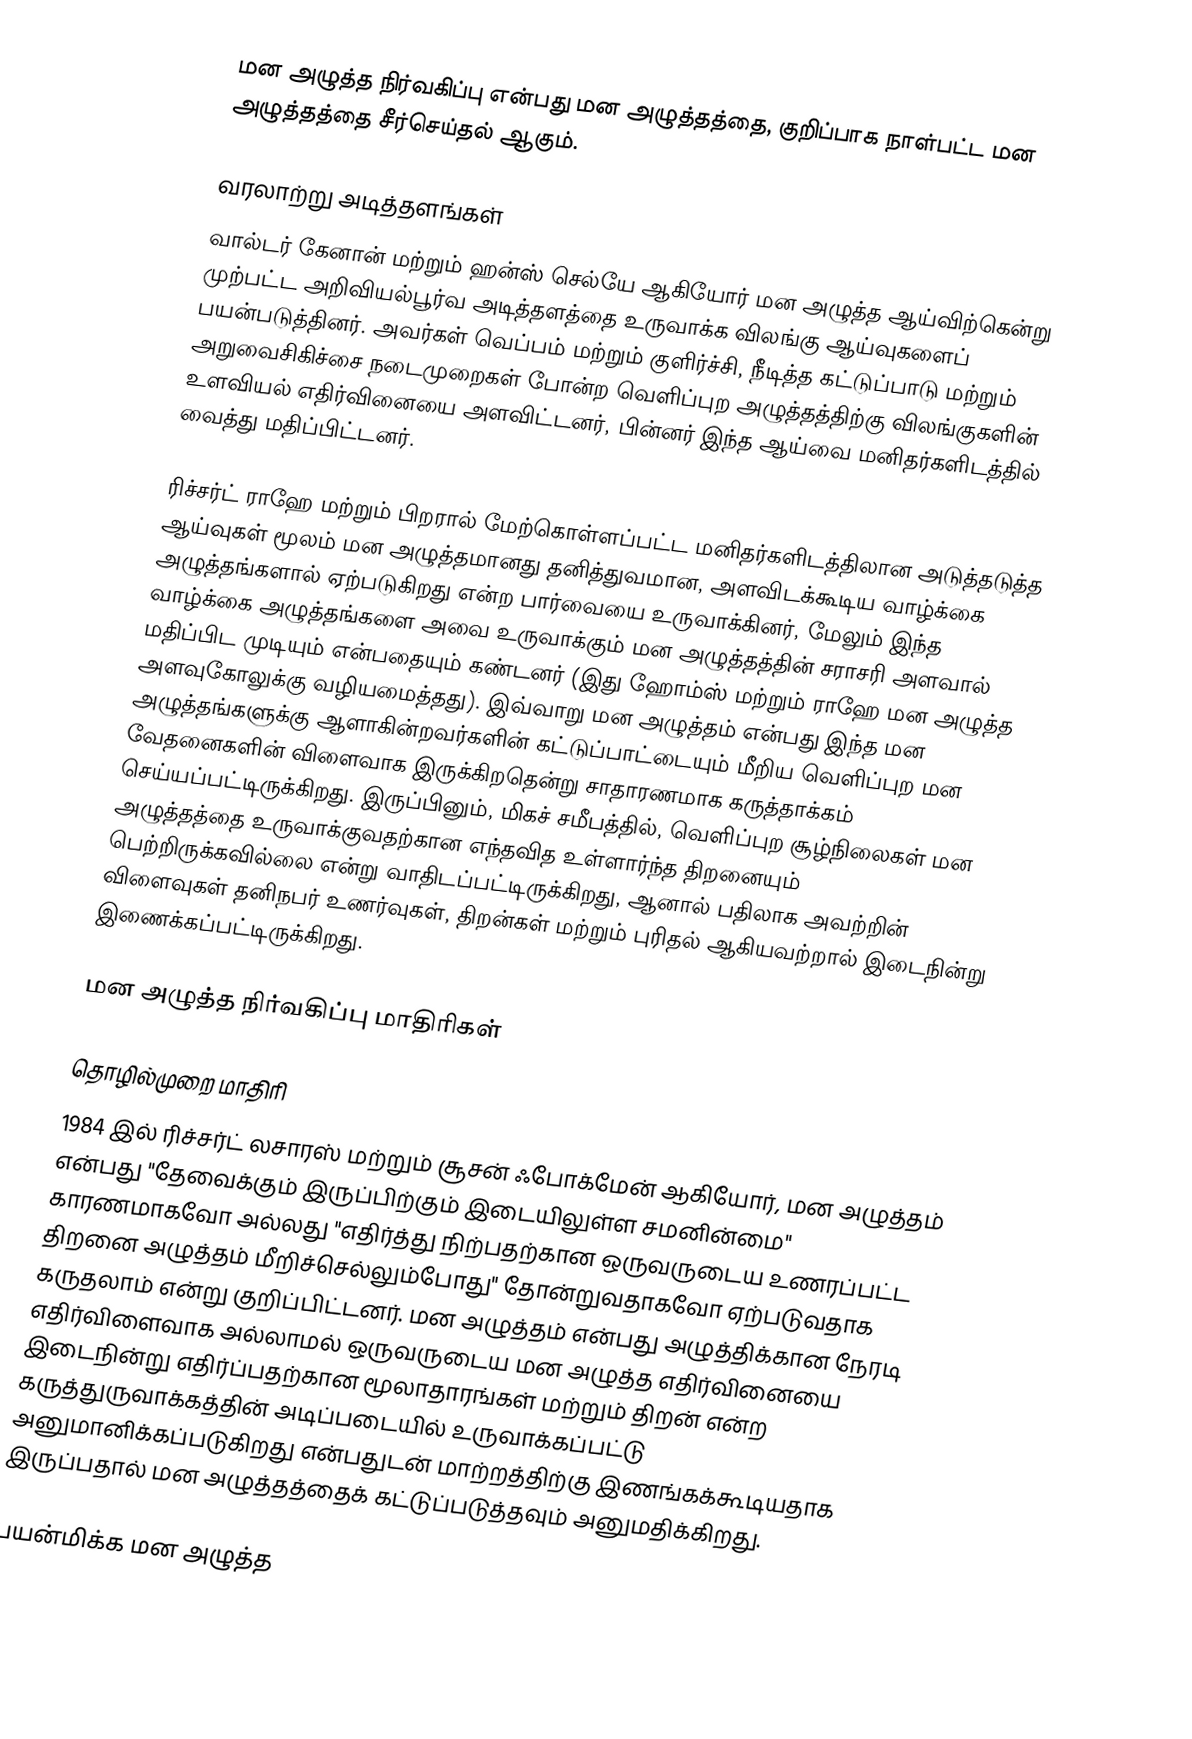
மன அழுத்த நிர்வகிப்பு என்பது மன அழுத்தத்தை, குறிப்பாக நாள்பட்ட மன அழுத்தத்தை சீர்செய்தல் ஆகும்.

வரலாற்று அடித்தளங்கள்
வால்டர் கேனான் மற்றும் ஹன்ஸ் செல்யே ஆகியோர் மன அழுத்த ஆய்விற்கென்று முற்பட்ட அறிவியல்பூர்வ அடித்தளத்தை உருவாக்க விலங்கு ஆய்வுகளைப் பயன்படுத்தினர். அவர்கள் வெப்பம் மற்றும் குளிர்ச்சி, நீடித்த கட்டுப்பாடு மற்றும் அறுவைசிகிச்சை நடைமுறைகள் போன்ற வெளிப்புற அழுத்தத்திற்கு விலங்குகளின் உளவியல் எதிர்வினையை அளவிட்டனர், பின்னர் இந்த ஆய்வை மனிதர்களிடத்தில் வைத்து மதிப்பிட்டனர்.

ரிச்சர்ட் ராஹே மற்றும் பிறரால் மேற்கொள்ளப்பட்ட மனிதர்களிடத்திலான அடுத்தடுத்த ஆய்வுகள் மூலம் மன அழுத்தமானது தனித்துவமான, அளவிடக்கூடிய வாழ்க்கை அழுத்தங்களால் ஏற்படுகிறது என்ற பார்வையை உருவாக்கினர், மேலும் இந்த வாழ்க்கை அழுத்தங்களை அவை உருவாக்கும் மன அழுத்தத்தின் சராசரி அளவால் மதிப்பிட முடியும் என்பதையும் கண்டனர் (இது ஹோம்ஸ் மற்றும் ராஹே மன அழுத்த அளவுகோலுக்கு வழியமைத்தது). இவ்வாறு மன அழுத்தம் என்பது இந்த மன அழுத்தங்களுக்கு ஆளாகின்றவர்களின் கட்டுப்பாட்டையும் மீறிய வெளிப்புற மன வேதனைகளின் விளைவாக இருக்கிறதென்று சாதாரணமாக கருத்தாக்கம் செய்யப்பட்டிருக்கிறது. இருப்பினும், மிகச் சமீபத்தில், வெளிப்புற சூழ்நிலைகள் மன அழுத்தத்தை உருவாக்குவதற்கான எந்தவித உள்ளார்ந்த திறனையும் பெற்றிருக்கவில்லை என்று வாதிடப்பட்டிருக்கிறது, ஆனால் பதிலாக அவற்றின் விளைவுகள் தனிநபர் உணர்வுகள், திறன்கள் மற்றும் புரிதல் ஆகியவற்றால் இடைநின்று இணைக்கப்பட்டிருக்கிறது.

மன அழுத்த நிர்வகிப்பு மாதிரிகள்

தொழில்முறை மாதிரி
1984 இல் ரிச்சர்ட் லசாரஸ் மற்றும் சூசன் ஃபோக்மேன் ஆகியோர், மன அழுத்தம் என்பது "தேவைக்கும் இருப்பிற்கும் இடையிலுள்ள சமனின்மை" காரணமாகவோ அல்லது "எதிர்த்து நிற்பதற்கான ஒருவருடைய உணரப்பட்ட திறனை அழுத்தம் மீறிச்செல்லும்போது" தோன்றுவதாகவோ ஏற்படுவதாக கருதலாம் என்று குறிப்பிட்டனர். மன அழுத்தம் என்பது அழுத்திக்கான நேரடி எதிர்விளைவாக அல்லாமல் ஒருவருடைய மன அழுத்த எதிர்வினையை இடைநின்று எதிர்ப்பதற்கான மூலாதாரங்கள் மற்றும் திறன் என்ற கருத்துருவாக்கத்தின் அடிப்படையில் உருவாக்கப்பட்டு அனுமானிக்கப்படுகிறது என்பதுடன் மாற்றத்திற்கு இணங்கக்கூடியதாக இருப்பதால் மன அழுத்தத்தைக் கட்டுப்படுத்தவும் அனுமதிக்கிறது.

பயன்மிக்க மன அழுத்த